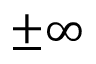
\pm \infty